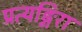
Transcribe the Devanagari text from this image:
प्रत्यङ्गिरा